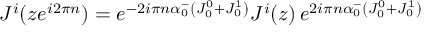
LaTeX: J ^ { i } ( z e ^ { i 2 \pi n } ) = e ^ { - 2 i \pi n \alpha _ { 0 } ^ { - } \left( J _ { 0 } ^ { 0 } + J _ { 0 } ^ { 1 } \right) } J ^ { i } ( z ) \, e ^ { 2 i \pi n \alpha _ { 0 } ^ { - } \left( J _ { 0 } ^ { 0 } + J _ { 0 } ^ { 1 } \right) }